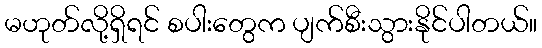
မဟုတ်လို့ရှိရင် စပါးတွေက ပျက်စီးသွားနိုင်ပါတယ်။